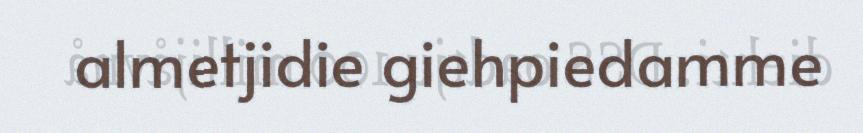
almetjidie giehpiedamme